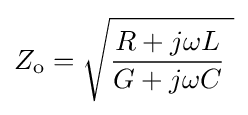
Z_{\text{o}}={\sqrt {{\frac {R+j\omega L}{G+j\omega C}}\ }}